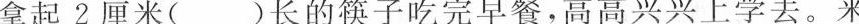
拿起\underline{2厘米}( )长的筷子吃完早餐，高高兴兴上学去。来